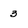
Character: 3